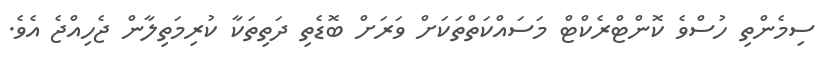
ސިމެންތި ހުސްވެ ކޮންޓްރެކްޓް މަސައްކަތްތަކަށް ވަރަށް ބޮޑެތި ދަތިތަކާ ކުރިމަތިލާން ޖެހިއްޖެ އެވެ.